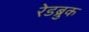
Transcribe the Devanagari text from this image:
रेडब्रुक